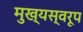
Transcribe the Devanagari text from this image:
मुख्यस्वरूप